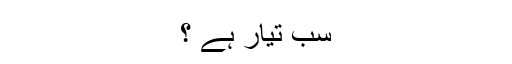
سب تیار ہے ؟